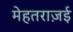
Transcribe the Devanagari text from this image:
मेहतराज़ई